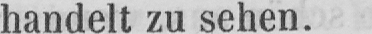
handelt zu sehen.